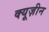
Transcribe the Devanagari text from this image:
क्यूज़ीन